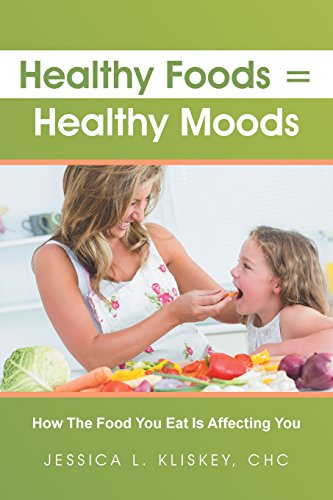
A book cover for Healthy Foods = Healthy Moods; Jessica Kliskey; Health, Fitness & Dieting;